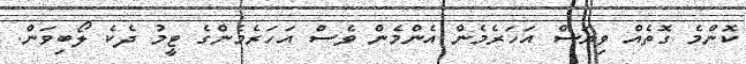
ކޮންމެ ގޮތެއް ވިޔަސް އަހަރެމެން އެންމެން ވެސް އަހަރެމެންގެ ޓީމު ދެކެ ލޯބިވަން.